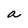
Character: a